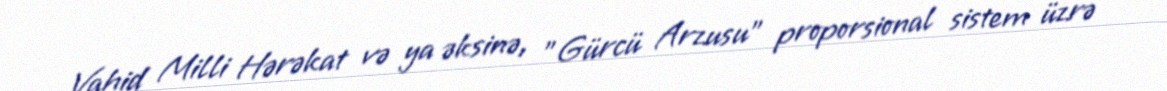
Vahid Milli Hərəkat və ya əksinə, "Gürcü Arzusu" proporsional sistem üzrə